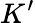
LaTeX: K^{\prime}